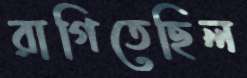
রাগিতেছিল